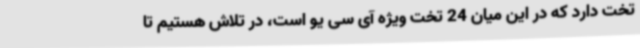
تخت دارد که در این میان 24 تخت ویژه آی سی یو است، در تلاش هستیم تا